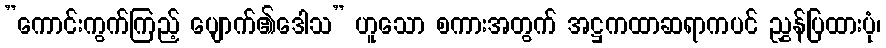
”ကောင်းကွက်ကြည့် ပျောက်၏ဒေါသ” ဟူသော စကားအတွက် အဋ္ဌကထာဆရာကပင် ညွှန်ပြထားပုံ၊